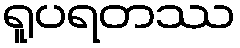
ရူပရတဿ